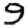
Digit: 9